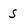
Character: S